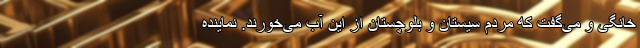
خانگی و می‌گفت که مردم سیستان و بلوچستان از این آب می‌خورند. نماینده